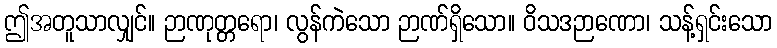
ဤအတူသာလျှင်။ ဉာဏုတ္တရော၊ လွန်ကဲသော ဉာဏ်ရှိသော။ ဝိသဒဉာဏော၊ သန့်ရှင်းသော